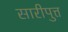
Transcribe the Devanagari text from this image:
सारीपुत्त